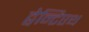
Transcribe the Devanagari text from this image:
ट्वेन्टिएथ